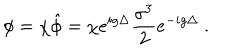
\phi = \chi \hat { \phi } = \chi e ^ { i g \Delta } \frac { \sigma ^ { 3 } } { 2 } e ^ { - i g \Delta } \ .